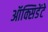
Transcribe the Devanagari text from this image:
ऑक्सिडेंटे